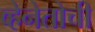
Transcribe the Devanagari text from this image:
व्हेनेतोची